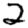
Digit: 2